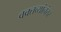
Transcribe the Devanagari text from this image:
वक्तव्यांनंतर